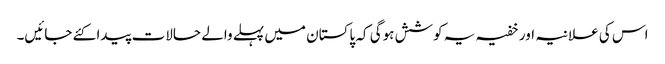
اس کی علانیہ اور خفیہ یہ کوشش ہوگی کہ پاکستان میں پہلے والے حالات پیدا کئے جائیں۔